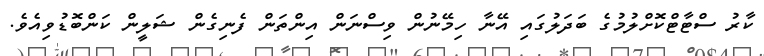
ކާރު ސްޓާޓްކޮށްލުމުގެ ބަދަލުގައި އޭނާ ހިމޭނުން ވިސްނަން އިންތަން ފެނިގެން ޝަލީން ކަންބޮޑުވިއެވެ.